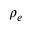
\rho _ { e }